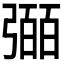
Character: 𢐤